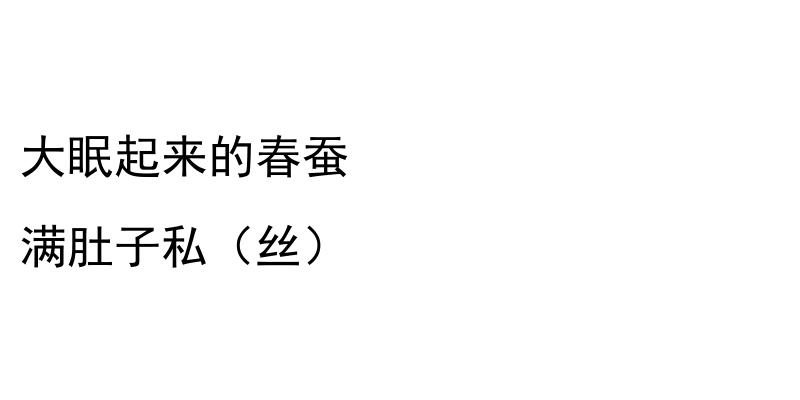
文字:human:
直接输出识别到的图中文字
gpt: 大眠起来的春蚕 满肚子私（丝）